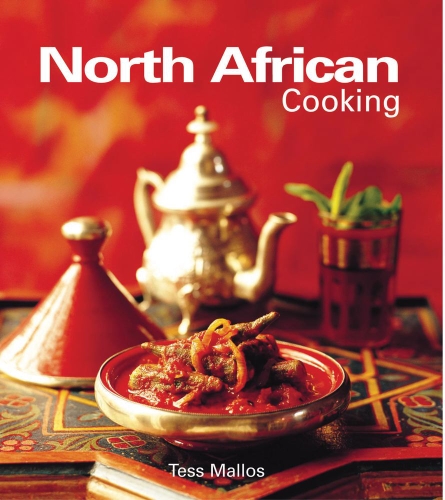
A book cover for North African Cooking; Tess Mallos; Cookbooks, Food & Wine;